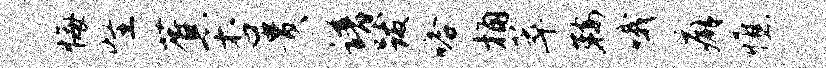
悔怪蕉杏贵谱跋嗒桷萃鞍哦癖憔